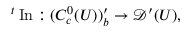
{ } ^ { t } \operatorname { I n } : ( C _ { c } ^ { 0 } ( U ) ) _ { b } ^ { \prime } \to { \mathcal { D } } ^ { \prime } ( U ) ,